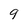
Character: 9